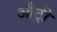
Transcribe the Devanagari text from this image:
औट्री